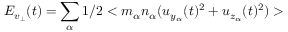
E _ { v _ { \bot } } ( t ) = \sum _ { \alpha } 1 / 2 < m _ { \alpha } n _ { \alpha } ( u _ { y _ { \alpha } } ( t ) ^ { 2 } + u _ { z _ { \alpha } } ( t ) ^ { 2 } ) >